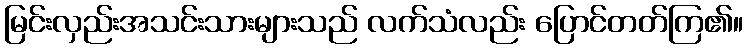
မြင်းလှည်းအသင်းသားများသည် လက်သံလည်း ပြောင်တတ်ကြ၏။